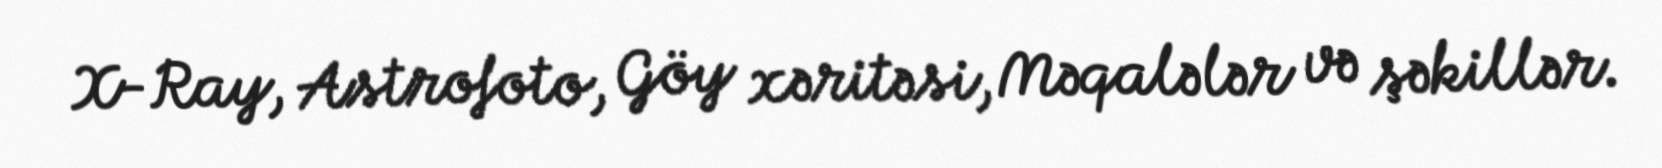
X-Ray, Astrofoto, Göy xəritəsi, Məqalələr və şəkillər.